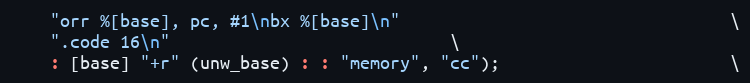
Language: C
    "orr %[base], pc, #1\nbx %[base]\n"                                 \
    ".code 16\n"							\
    : [base] "+r" (unw_base) : : "memory", "cc");                       \